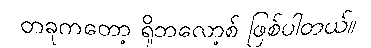
တခုကတော့ ရိုဘလော့စ် ဖြစ်ပါတယ်။